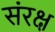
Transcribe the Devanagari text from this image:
संरक्ष